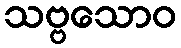
သဗ္ဗသောဝ